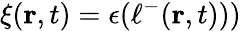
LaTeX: \xi(\mathbf{r},t)=\epsilon(\ell^{-}(\mathbf{r},t)))